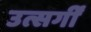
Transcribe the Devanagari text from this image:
उत्सर्गीं